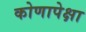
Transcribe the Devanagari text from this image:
कोणापेक्षा